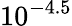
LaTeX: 10^{-4.5}